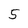
Character: 5